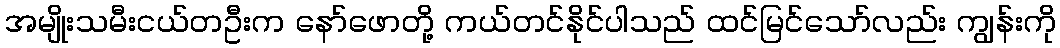
အမျိုးသမီးငယ်တဦးက နော်ဖောတို့ ကယ်တင်နိုင်ပါသည် ထင်မြင်သော်လည်း ကျွန်းကို